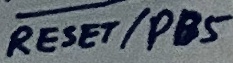
Text: RESET/PB5